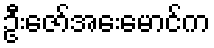
ဦးဇော်အေးမောင်က